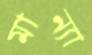
মান্যা